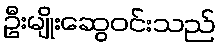
ဦးမျိုးဆွေဝင်းသည်